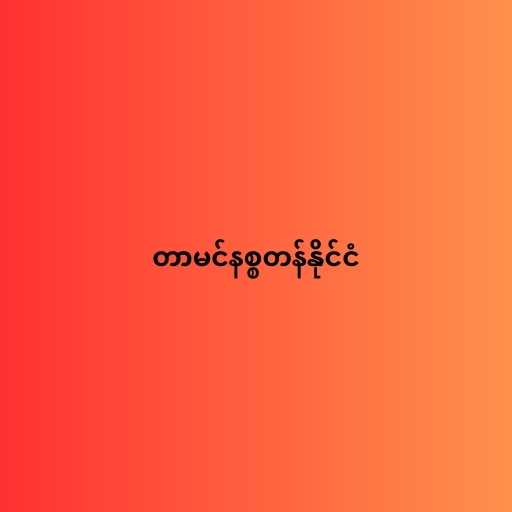
တာမင်နစ္စတန်နိုင်ငံ